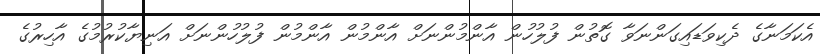
އެކަމަނާގެ ދެކިވަޑައިގަންނަވާ ގޮތުން ފުލުހުން އާންމުންނަށް އާންމުން އާންމުން ފުލުހުންނަށް އަނިޔާކުރުމުގެ އާހިރުގެ